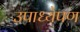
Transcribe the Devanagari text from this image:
उपाध्येपण